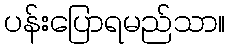
ပန်းပြောရမည်သာ။